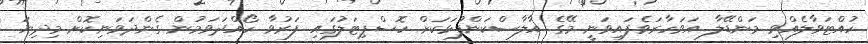
ހުއްޓަވާލެއްވި މަންޑޭލާ އަވަހާރަވެފައިވަނީ މޭގެ އާލާސްކަންފުޅަކަށް ހޮސްޕިޓަލުގައި ފަރުވާ ހޯއްދަވަމުން ގެންދަވަނިކޮށް މިދިޔަ